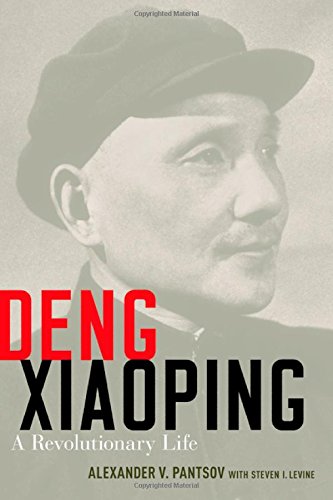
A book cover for Deng Xiaoping: A Revolutionary Life; Alexander V. Pantsov; Biographies & Memoirs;